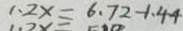
1 . 2 x \equiv 6 . 7 2 - 1 . 4 4